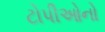
ટોપીઓનો